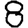
Digit: 8